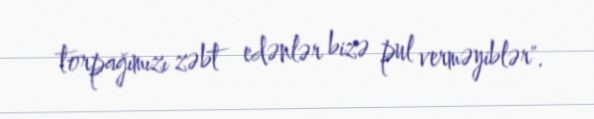
torpağımızı zəbt edənlər bizə pul verməyiblər".